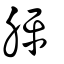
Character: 胓